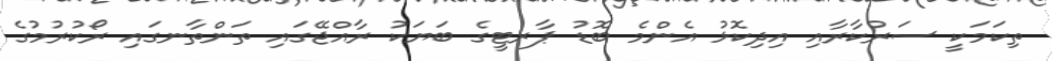
ތިކަމަކީ ސަރުކާރާއި އިދިކޮޅު އެންމެ ބޮޑު ޕާރޓީގެ ބަޔަކު ރާއްޖޭގައި ތަންތާނގައި ރޯކުރުމުގެ